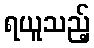
ရယူသည့်